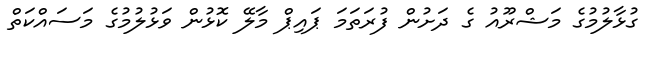
ގުޅާލުމުގެ މަޝްރޫއު ގެ ދަށުން ފުރަތަމަ ޕައިޕް މާލޭ ކޮޅުން ވަޅުލުމުގެ މަސައްކަތް